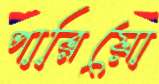
পারিয়ো